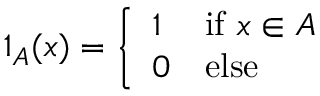
1 _ { A } ( x ) = { \left\{ \begin{array} { l l } { 1 } & { { \mathrm { i f ~ } } x \in A } \\ { 0 } & { { \mathrm { e l s e } } } \end{array} \right. }